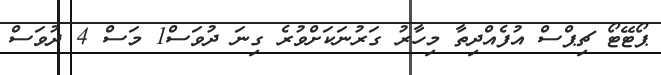
ޕޯޓޭޓޯ ޗިޕްސް އުފެއްދިތާ މިހާރު ގަރުނަކަށްވުރެ ގިނަ ދުވަސް1 މަސް 4 ދުވަސް